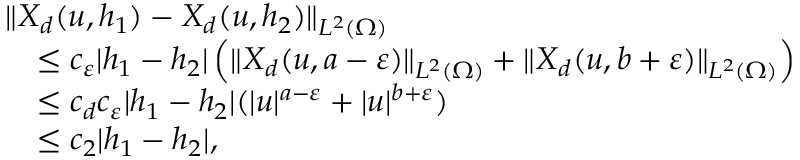
\begin{array} { r l } & { \| X _ { d } ( u , h _ { 1 } ) - X _ { d } ( u , h _ { 2 } ) \| _ { L ^ { 2 } ( \Omega ) } } \\ & { \quad \leq c _ { \varepsilon } | h _ { 1 } - h _ { 2 } | \left( \| X _ { d } ( u , a - \varepsilon ) \| _ { L ^ { 2 } ( \Omega ) } + \| X _ { d } ( u , b + \varepsilon ) \| _ { L ^ { 2 } ( \Omega ) } \right) } \\ & { \quad \leq c _ { d } c _ { \varepsilon } | h _ { 1 } - h _ { 2 } | ( | u | ^ { a - \varepsilon } + | u | ^ { b + \varepsilon } ) } \\ & { \quad \leq c _ { 2 } | h _ { 1 } - h _ { 2 } | , } \end{array}